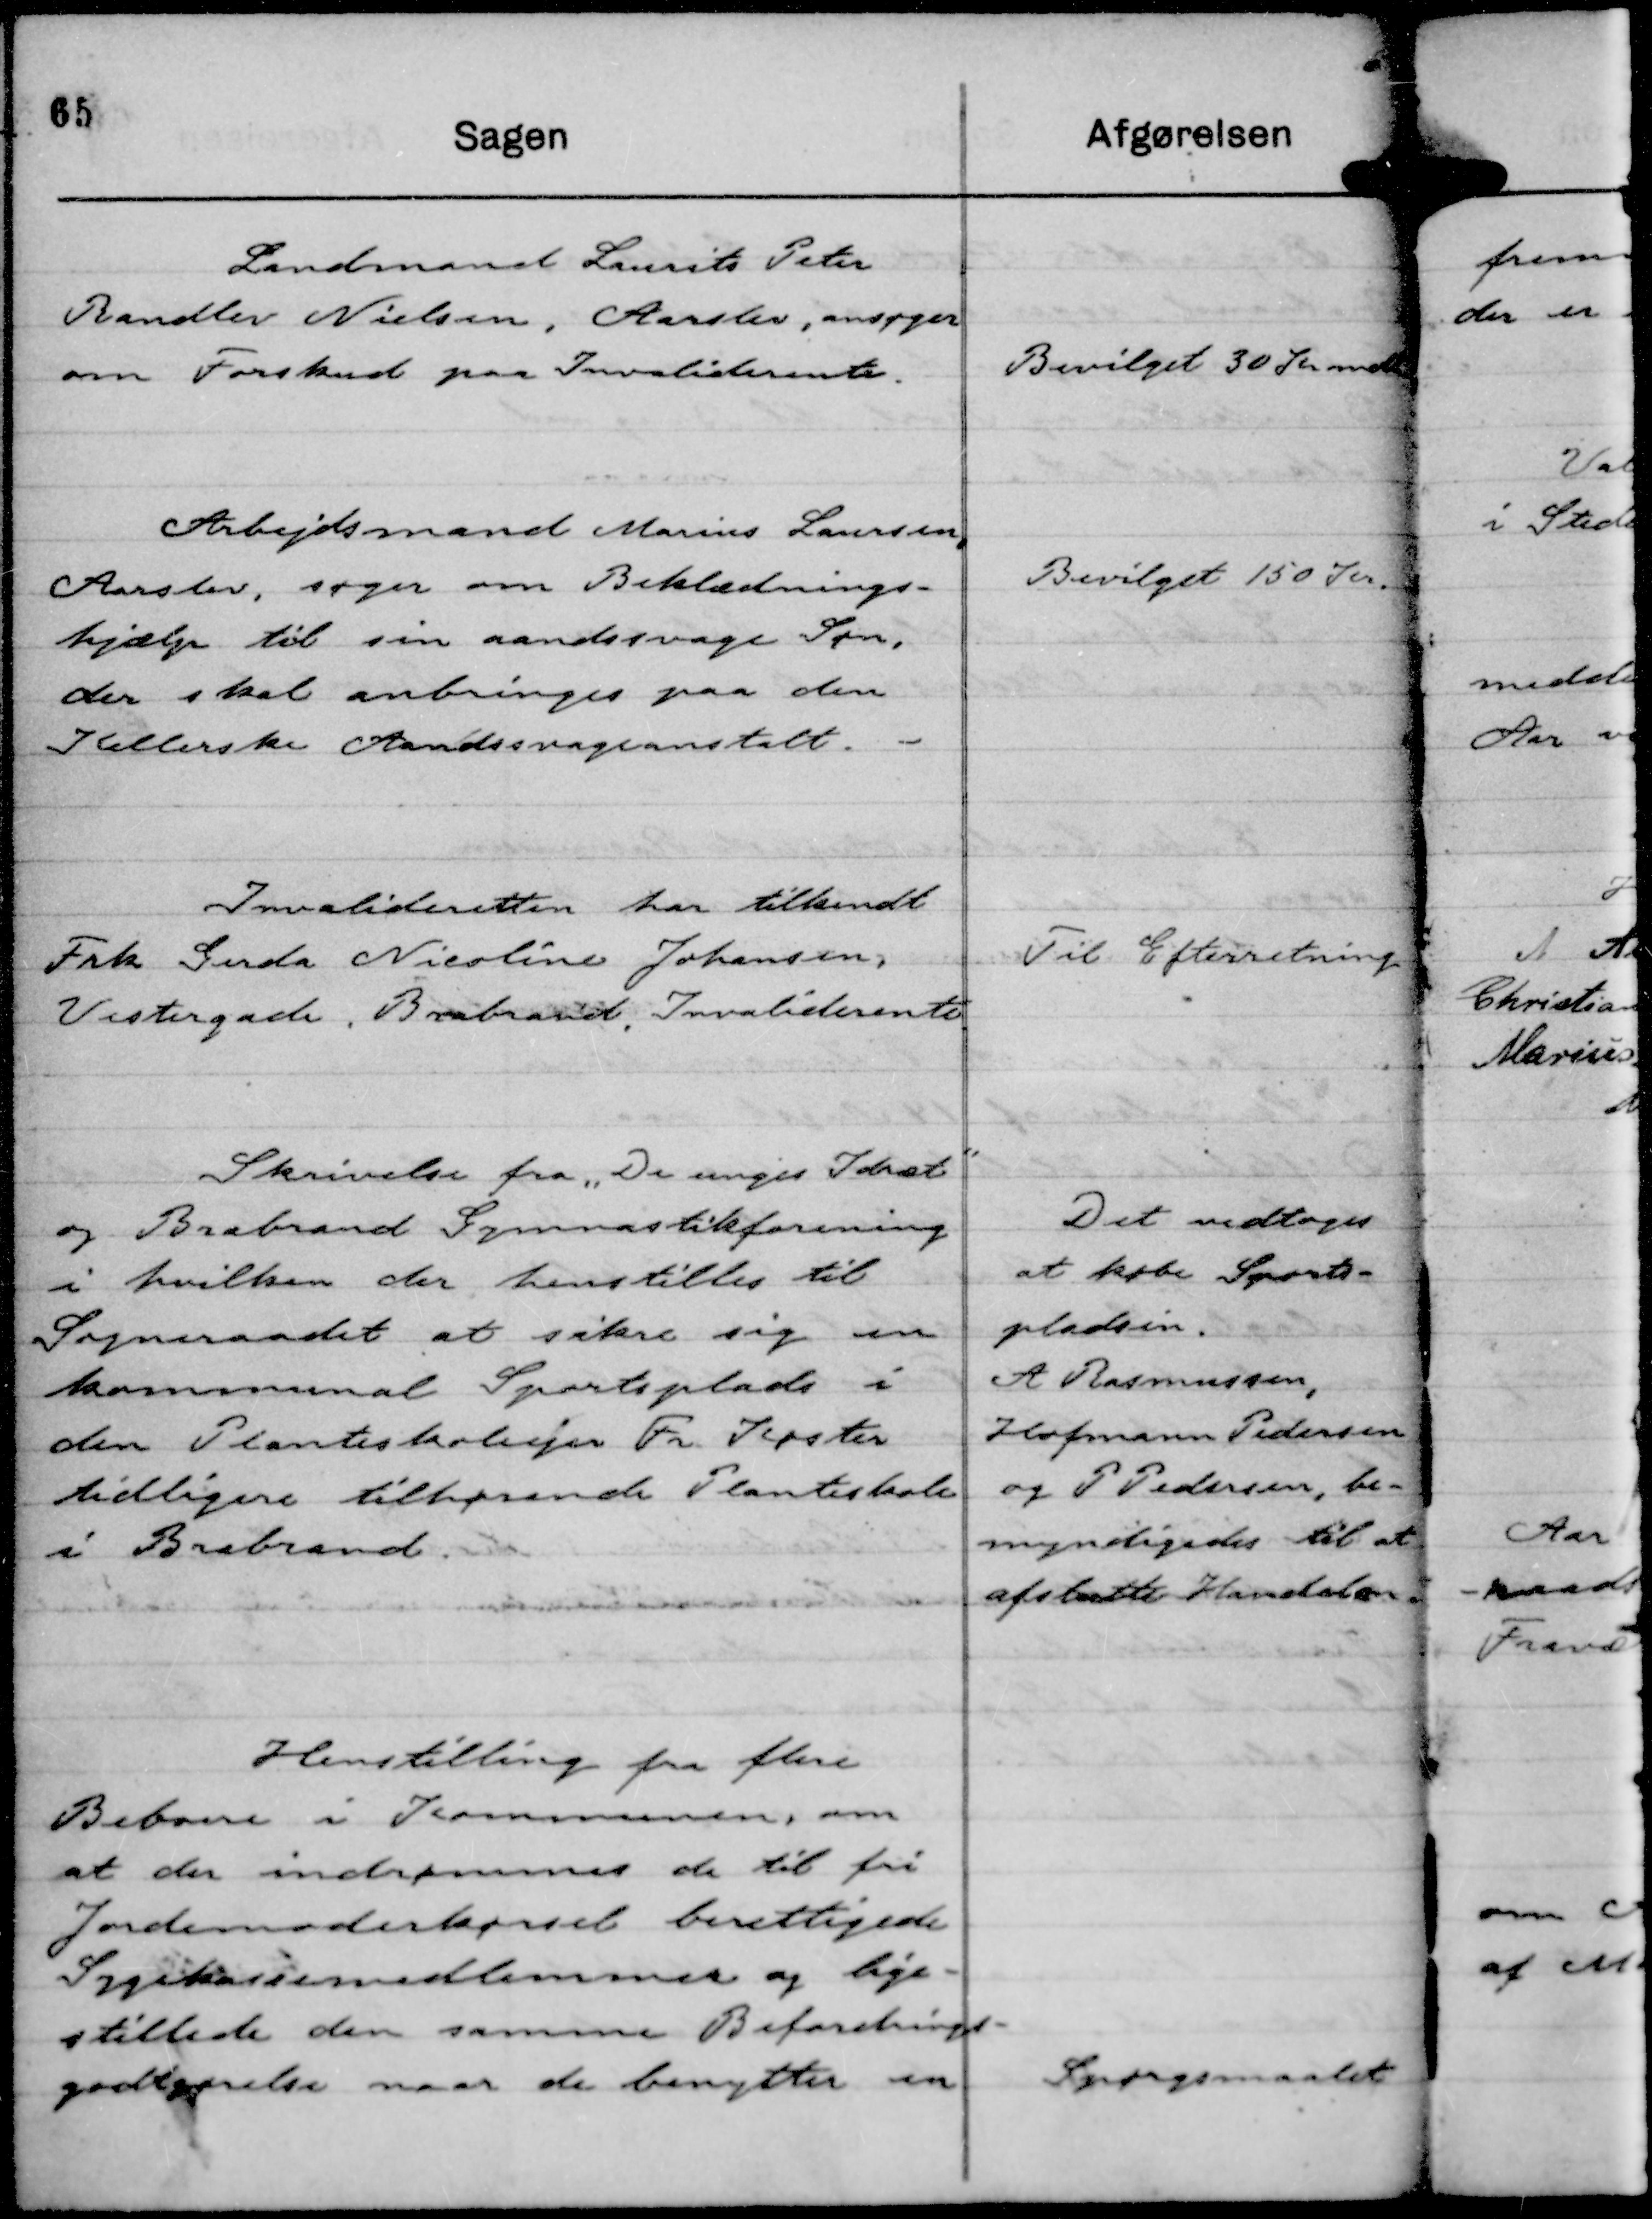
Transskription:
Landmand Laurits Peter
Randlev Nielsen, Aarslev, ansøger
om Forskud paa Invaliderente.

Bevilget 30 Kr mdl

Arbejdsmand Marius Laursen,
Aarslev, søger om Beklædnings-
hjælp til sin aandsvage Søn,
der skal anbringes paa den
Kellerske Aandssvageanstalt.

Bevilget 150 Kr.

Invalideretten har tilkendt
Frk Gerda Nicoline Johansen,
Vestergade, Brabrand, Invaliderente

Til Efterretning

Skrivelse fra "De unges Idræt"
og Brabrand Gymnastikforening
i hvilken der henstilles til
Sogneraadet at sikre sig en
kommunal Sportsplads i
den Planteskoleejer Fr Koster
tidligere tilhørende Planteskole
i Brabrand.

Det vedtoges
at købe Sports-
pladsen.
A Rasmussen,
Hofmann Pedersen
og P Pedersen, be-
myndigedes til at
afslutte Handelen.

Henstilling fra flere
Beboere i Kommunen, om
at der indrømmes de til fri
Jordemoderkørsel berettigede
Sygekassemedlemmer og lige-
stillede den samme Befordrings-
godtgørelse naar de benytter en

Spørgsmaalet